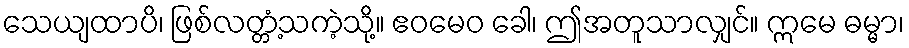
သေယျထာပိ၊ ဖြစ်လတ္တံ့သကဲ့သို့။ ဧဝမေဝ ခေါ၊ ဤအတူသာလျှင်။ ဣမေ ဓမ္မာ၊